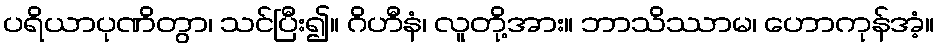
ပရိယာပုဏိတွာ၊ သင်ပြီး၍။ ဂိဟီနံ၊ လူတို့အား။ ဘာသိဿာမ၊ ဟောကုန်အံ့။